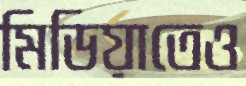
মিডিয়াতেও